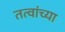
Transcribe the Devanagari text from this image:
तत्वांच्या